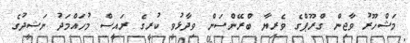
މަޝްހޫރު ވާޖިން ގްރޫޕްގެ ވެރިޔާ ބްރޭންސަން ވިދާޅުވީ ކުރީގެ ރައީސް މުހައްމަދު ނަޝީދުގެ